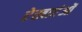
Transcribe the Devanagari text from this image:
रेखाएंओं